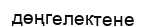
дөңгелектене